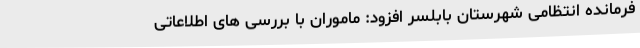
فرمانده انتظامی شهرستان بابلسر افزود: ماموران با بررسی های اطلاعاتی